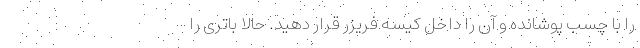
را با چسب پوشانده و آن را داخل کیسه فریزر قرار دهید. حالا باتری را